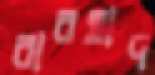
বারহাদ